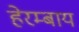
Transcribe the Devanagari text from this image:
हेरम्बाय